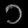
Digit: ၁